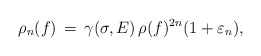
\begin{align*} \rho_n(f) \, = \, \gamma (\sigma, E)\, \rho(f)^{2n} (1+\varepsilon_n) ,\end{align*}